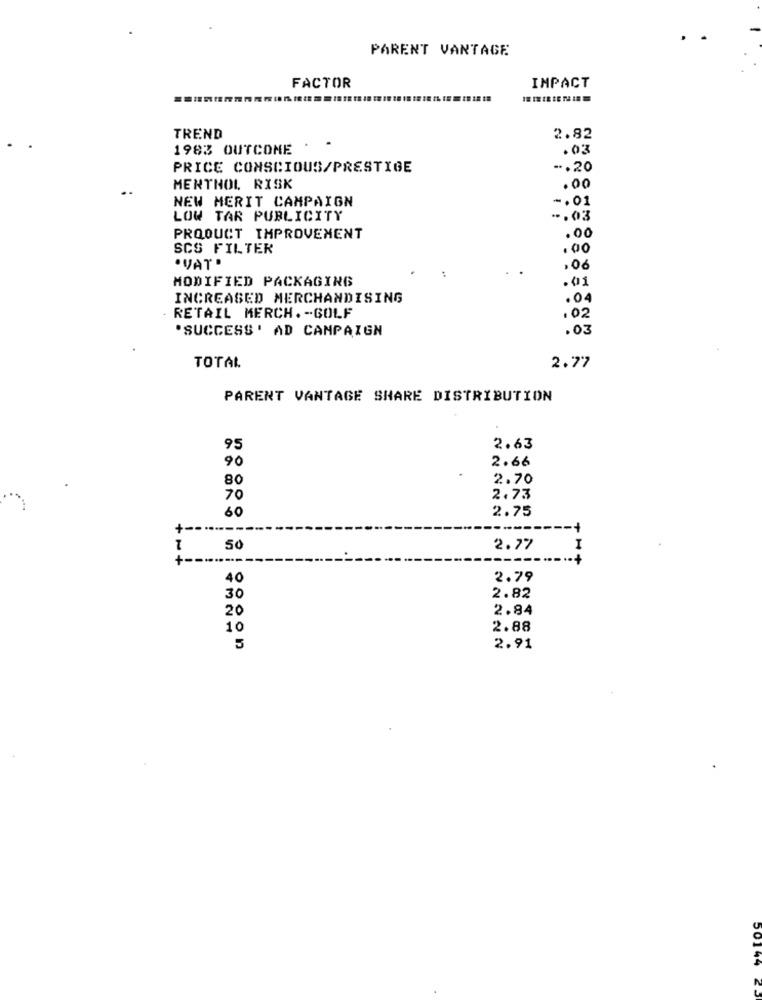
PARENT VANTAGE
IMPACT
FACTOR
TREND
2.82
1983 OUTCOME
.03
PRICE CONSCIOUS/PRESTIGE
-. 20
MENTHOL RISK
.00
NEW MERIT CAMPAIGN
-. 01
LOW TAR PUBLICITY
-. 03
PRODUCT IMPROVEMENT
.00
SCS FILTER
.VAT .
,06
MODIFIED PACKAGING
.01
INCREASED MERCHANDISING
.04
RETAIL MERCH .- GOLF
. 02
"SUCCESS' AD CAMPAIGN
.03
2.77
TOTAL
PARENT VANTAGE SHARE DISTRIBUTION
95
2.63
2.66
90
80
2.70
70
2.73
60
2.75
+ --
50
2.77
I
+-
40
2.79
30
2.82
20
2.84
10
2.88
5
2.91
50144